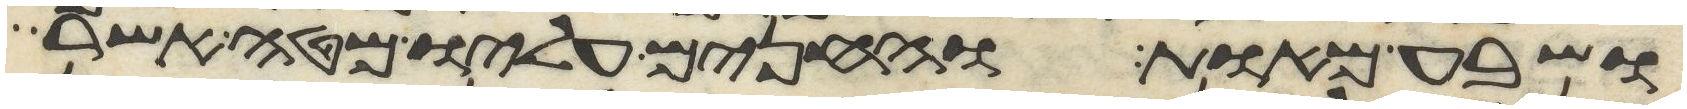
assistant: ושבע מאות והחנים עליו מטה אשר